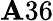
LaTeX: \mathbf{A}36